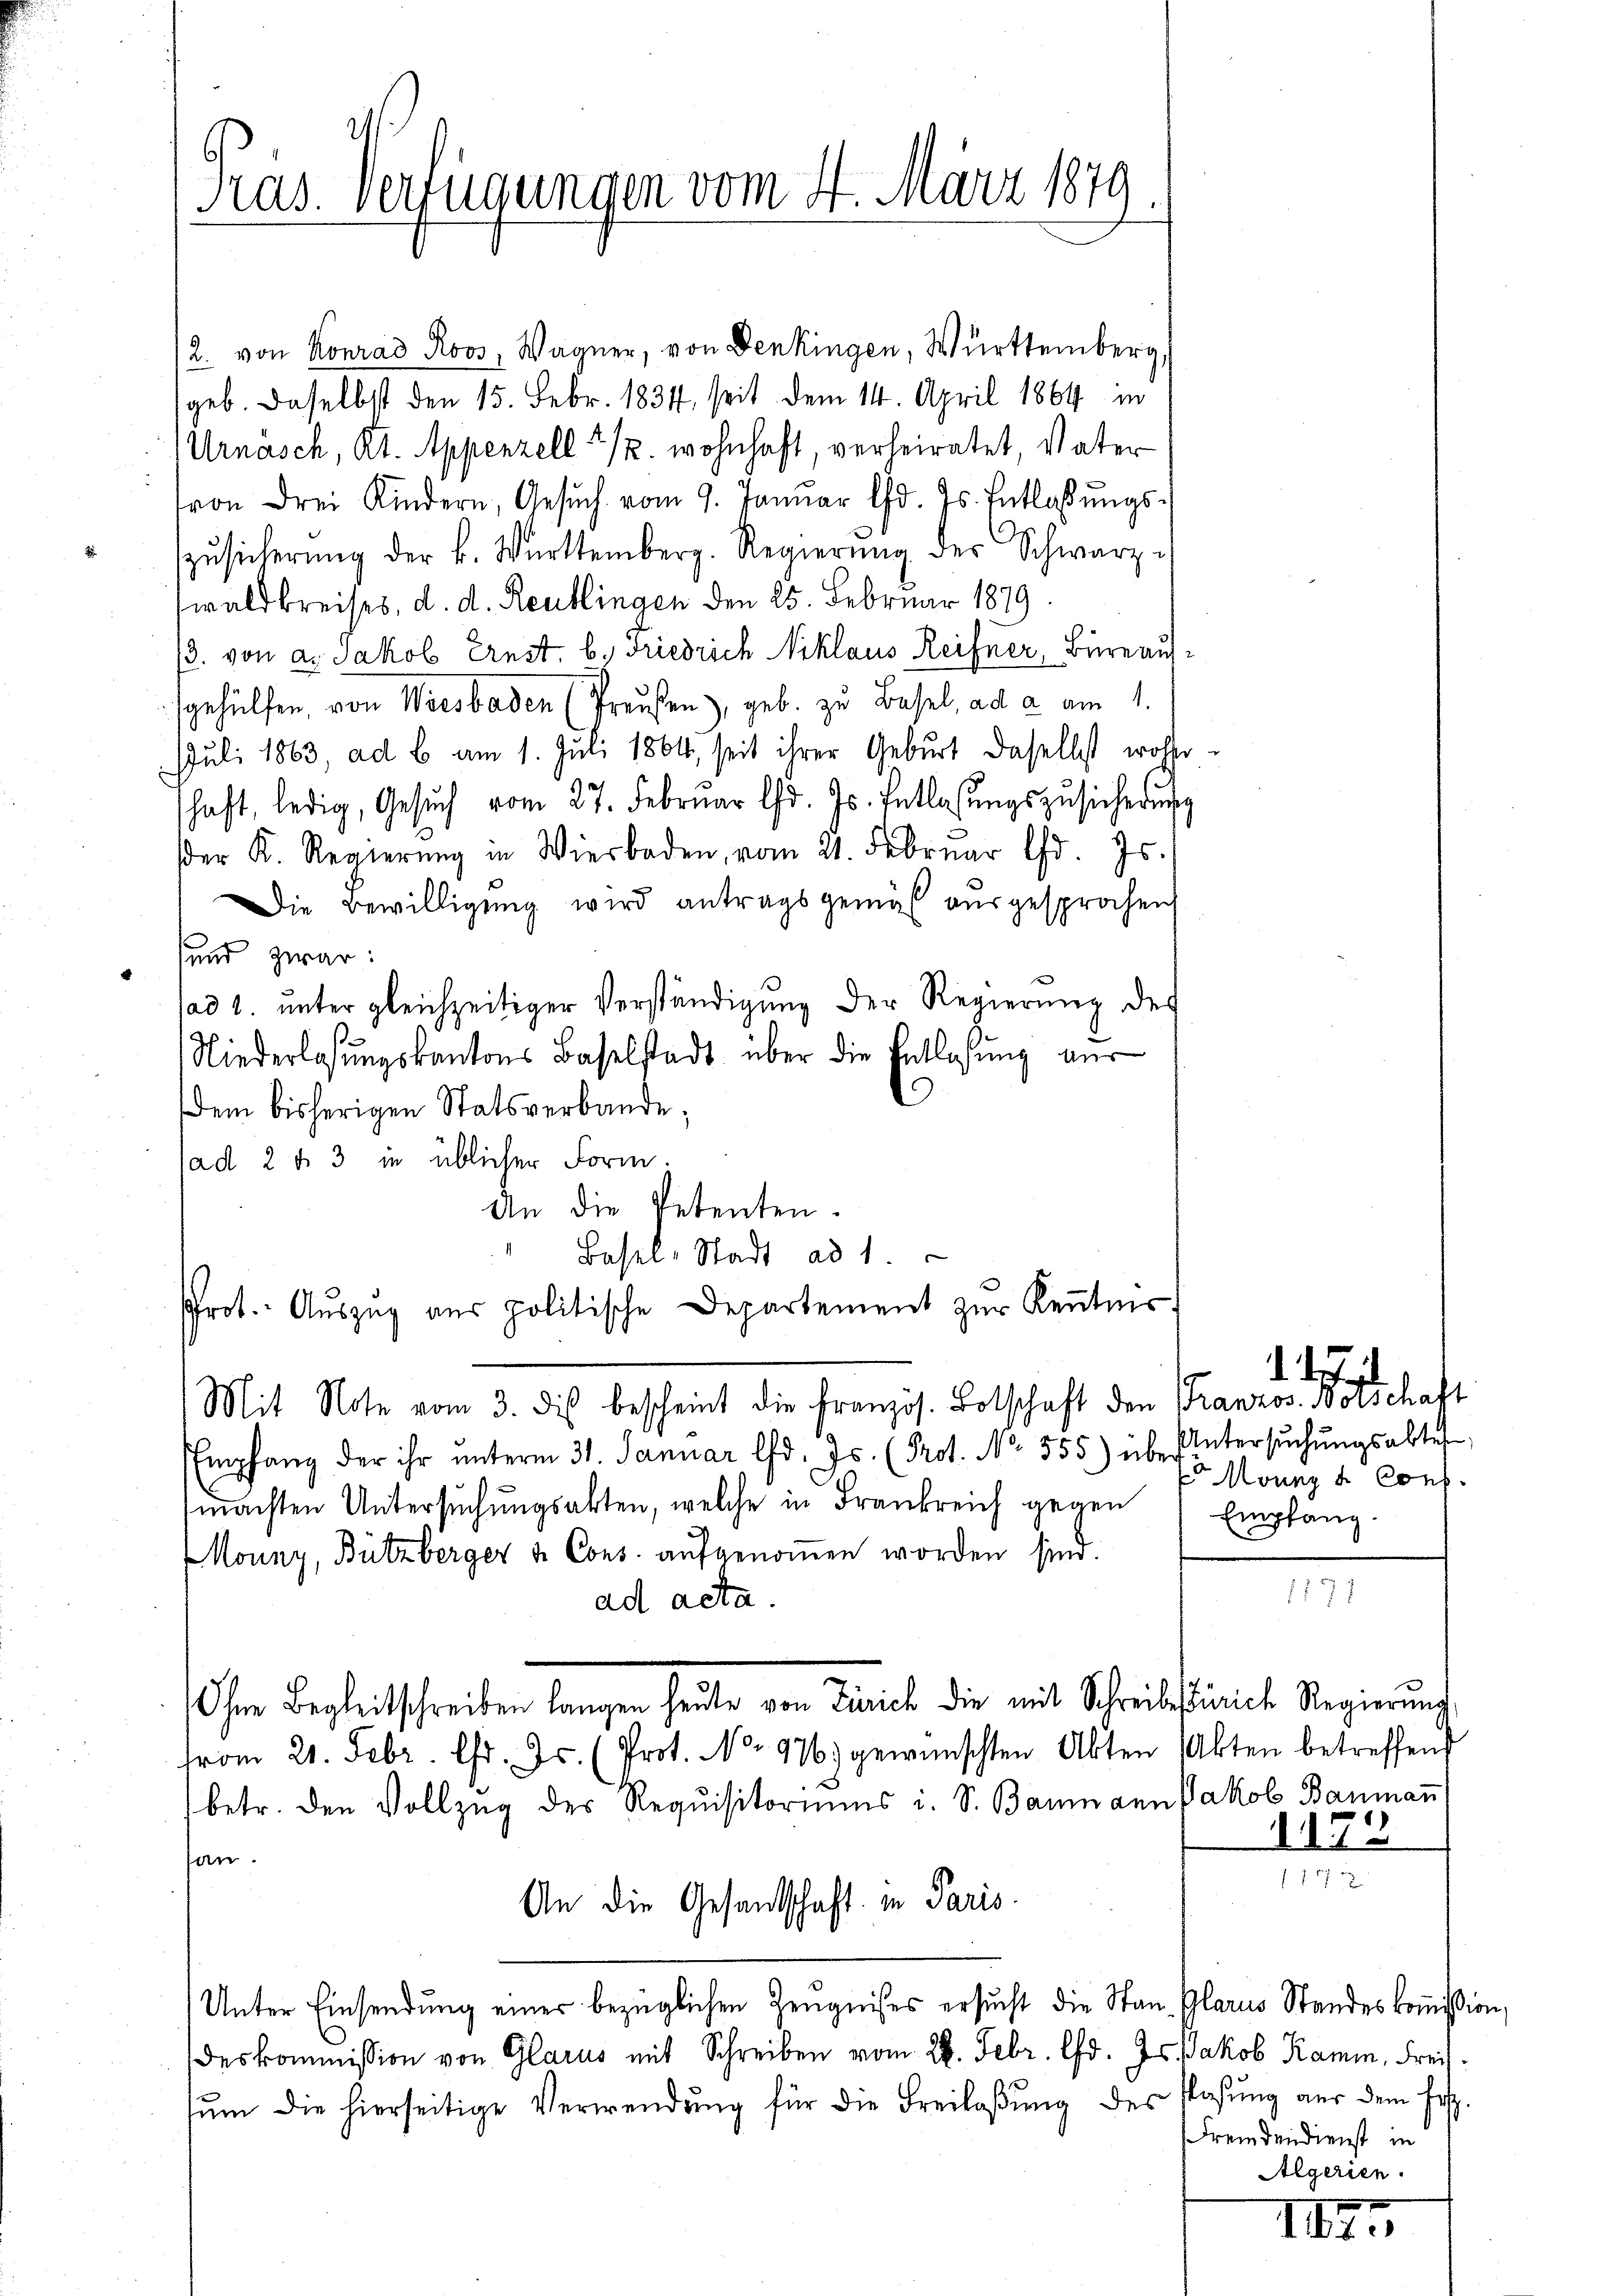
Pras. Verfügungen vom 4. März 1879

/2. von Konrad Roos, Wagner, von Denkingen, Württemberg,
geb. Daselbst den 15. Febr. 1834, seit dem 14. April 1864 in
Urnasch, Kt. Appenzell 2 1/2. wohnhaft, verheiratet, Vater
von drei Kindern, Gesŭch vom 9. Janŭar d. Js. Entlassŭngs-
zŭsicherŭng der k. Württemberg. Regierŭng des Schwarz-
waldkreises, d. d. Reutlingen den 25. Februar 1879
3. von d. Jakob Ernst. b.) Friedrich Niklaus Reifner, Büreaufgehülfen, von Wiesbaden (Preußen), geb. zu Basel, ad a am 1.
Juli 1863, ad b. am 1. Juli 1864, seit ihrer Geburt daselbst wolle
schaft, ledig, Gesŭch vom 27. Febrŭar d. Js. Entlasŭngszusicherŭng
er K. Regierŭng in Wiesbaden, vom 21. Febrŭar d. Js.
Die Bewilligung wird antragsgemäß ausgesprochen
" und zwar:
ad 1. unter gleichzeitiger Verständigung der Regierung des
Niederlasŭngskantons Baselstadt über die Entlasŭng aus
dem bisherigen Statsverbande;
ad 2 f. 3 in üblicher Form.
An die Petenten.
Basel-Stadt ad 1.
Prot. Aŭszŭg aŭs politische Departement zŭr Keṅtnis,
Mit Note vom 3. des bescheint die Französ. Botschaft den Franzos-Norschaft
Empfang der ihr ŭnterm 31. Januar lfd. Js. (Prot. No 355) über ŭntersŭchŭngsabter
machten Untersŭchŭngsakten, welche in Frankreich gegen Empfang.
Mouny, Bützberger u. Cons. aŭfgenoṁen worden sind.
ad acta.
Ohne Begleitschreiben langen heute von Zürich die mit Schreibftirich Regierung
from 21. Febr. d. Js. (Prot. No. 976) gewünschten Akten Akten betreffen
betr. den Vollzug des Requisitoriums i. S. Baumann Jakob Bauman
san.
An die Gesandschaft in Paris.
Unter Einsendŭng einer bezüglichen Zeugnises ersŭcht die Stand Glarus Standeskoṁission,
deskommission von Glarus mit Schreiben vom 28. Febr. lfd. Js. Jakob Kamin, Freisŭm die hierseitige Verwendŭng für die Freilaβŭng des Plasŭng aus dem Fest-

Monat Conf

1152
107

1177

Fremdendienst in
Algerien.

It